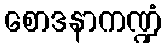
စောဒနာကဏ္ဍံ